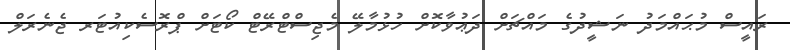
ރައީސް މުޙައްމަދު ނަޝީދުގެ މައްޗަށް ދަޢުވާކޮށް ހުޅުމާލޭ މެޖިސްޓްރޭޓް ކޯޓަށް ޕްރޮސެކިއުޓަރ ޖެނެރަލް